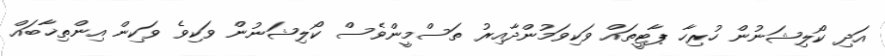
އަދި ކޯލިޝަނުން ހުރިހާ ޕާޓީތައް ވަކިވަމުންދާއިރު ތަސްމީންވެސް ކޯލިޝަނުން ވަކިވެ ވަކިން އިންތިޚާބައް